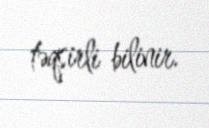
təqsirli bilinir.